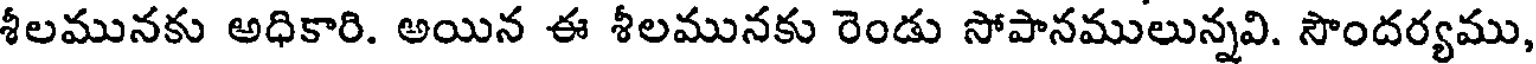
శీలమునకు అధికారి. అయిన ఈ శీలమునకు రెండు సోపానములున్నవి. సౌందర్యము,